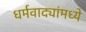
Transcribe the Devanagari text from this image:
धर्मवाद्यांमध्ये